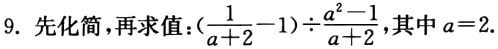
9. 先化简，再求值：$(\frac{1}{a + 2} - 1)\div\frac{a^{2} - 1}{a + 2}$，其中$a = 2$.